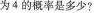
为4的概率是多少?